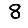
Digit: 8